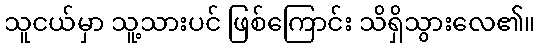
သူငယ်မှာ သူ့သားပင် ဖြစ်ကြောင်း သိရှိသွားလေ၏။